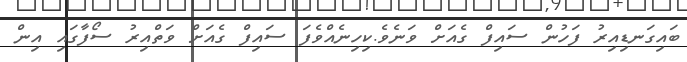
ބައިގަނޑިއިރު ފަހުން ސައިފް ގެއަށް ވަނެވެ.ކިހިނެއްވެފަ ސައިފް ގެއަށް ވަތްއިރު ސޯފާގައި އިން